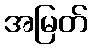
အမြတ်